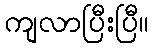
ကျလာပြီးပြီ။